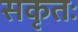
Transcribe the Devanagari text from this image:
सकृतः